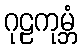
ဂုဠကုမ္ဘံ